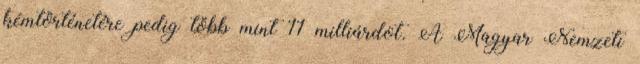
kémtörténetére pedig több mint 11 milliárdot. A Magyar Nemzeti